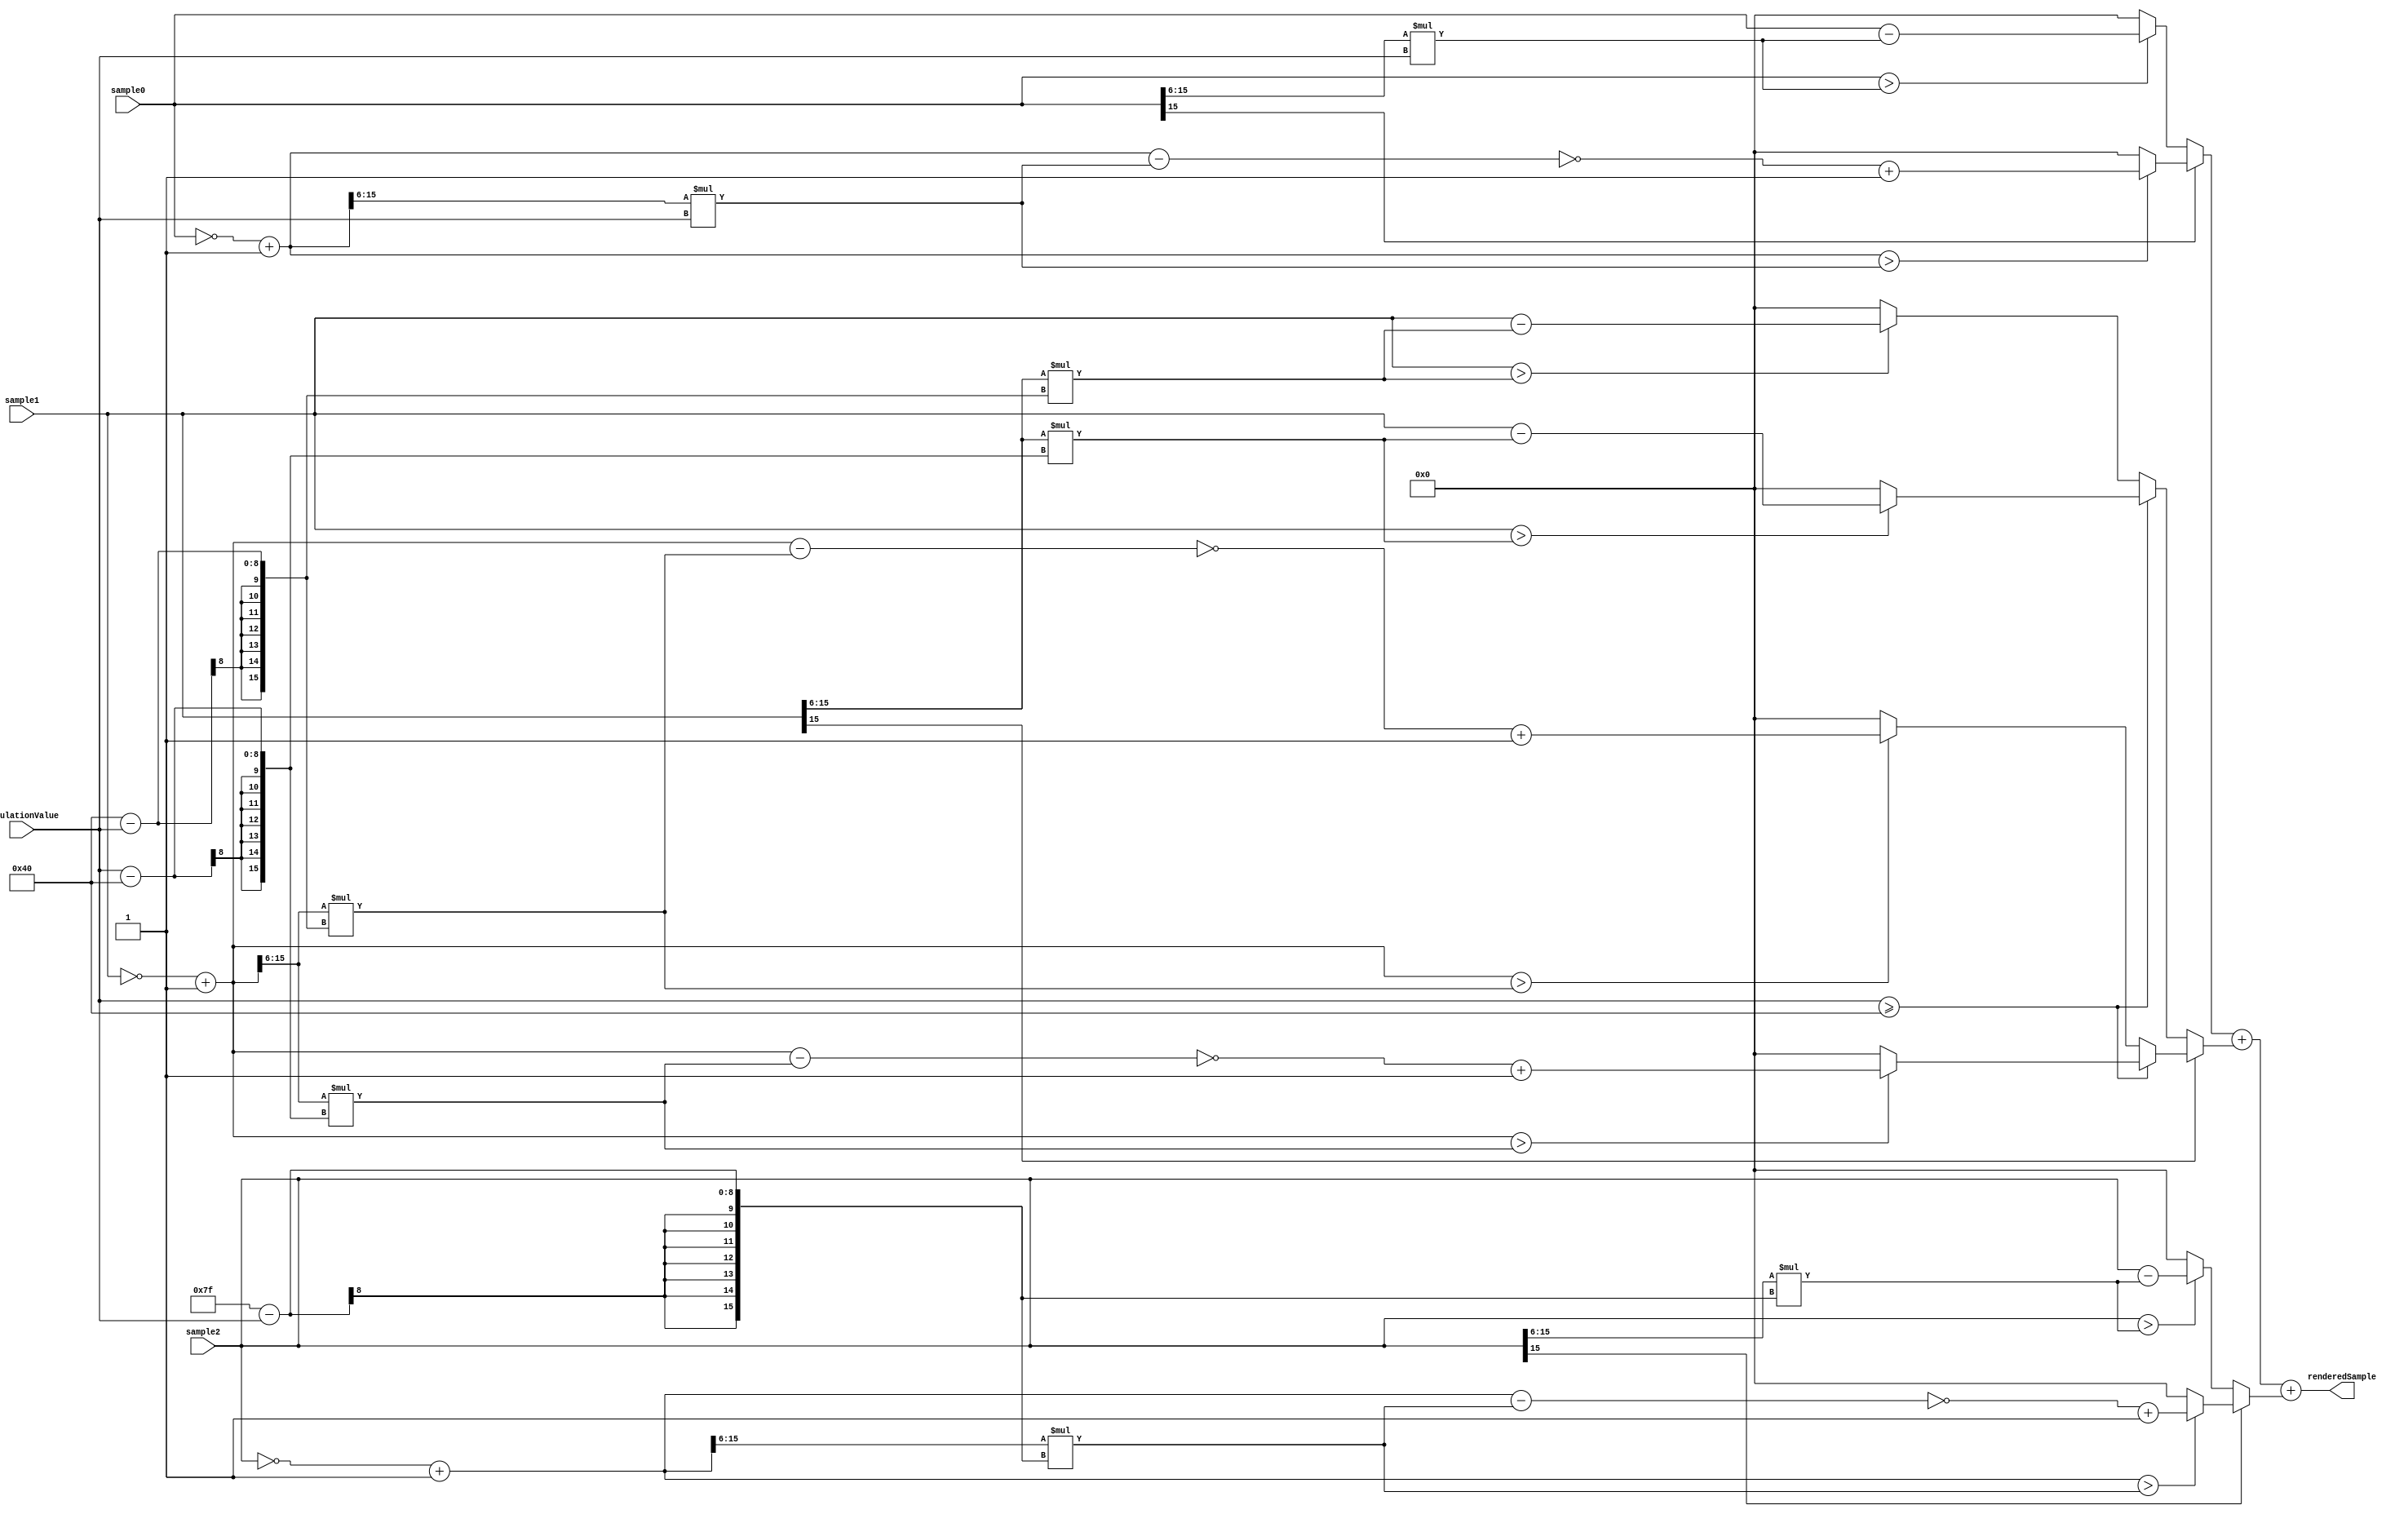
module SampleMixer(
	input [15:0] sample0,
	input [15:0] sample1,
	input [15:0] sample2,
	input [7:0] modulationValue,
	output [15:0] renderedSample
);

reg [15:0] mixSample0 = 0;
reg [15:0] mixSample1 = 0;
reg [15:0] mixSample2 = 0;

always @(sample0 or sample1 or sample2 or modulationValue)
begin
	if (sample0[15] == 1'b1)
		begin
			mixSample0 = ((~sample0 + 16'd1) > (((~sample0 + 16'd1) >> 16'd6) * modulationValue)) ?
				~((~sample0 + 16'd1) - (((~sample0 + 16'd1) >> 16'd6) * modulationValue)) + 16'd1 :
				16'd0;
		end
	else
		begin
			mixSample0 = (sample0 > ((sample0 >> 16'd6) * modulationValue)) ?
				(sample0 - ((sample0 >> 16'd6) * modulationValue)) :
				16'd0;
		end
	
	if (sample1[15] == 1'b1)
		begin
			if (modulationValue >= 64)
				begin
					mixSample1 = ((~sample1 + 16'd1) > (((~sample1 + 16'd1) >> 16'd6) * (modulationValue - 16'd64))) ?
						~((~sample1 + 16'd1) - (((~sample1 + 16'd1) >> 16'd6) * (modulationValue - 16'd64))) + 16'd1 :
						16'd0;
				end
			else
				begin
					mixSample1 = ((~sample1 + 16'd1) > (((~sample1 + 16'd1) >> 16'd6) * (16'd64 - modulationValue))) ?
						~((~sample1 + 16'd1) - (((~sample1 + 16'd1) >> 16'd6) * (16'd64 - modulationValue))) + 16'd1 :
						16'd0;
				end
		end
	else
		begin
			if (modulationValue >= 64)
				begin
					mixSample1 = (sample1 > ((sample1 >> 16'd6) * (modulationValue - 16'd64))) ?
						(sample1 - ((sample1 >> 16'd6) * (modulationValue - 16'd64))) :
						16'd0;
				end
			else
				begin
					mixSample1 = (sample1 > ((sample1 >> 16'd6) * (16'd64 - modulationValue))) ?
						(sample1 - ((sample1 >> 16'd6) * (16'd64 - modulationValue))) :
						16'd0;
				end
		end
		
	if (sample2[15] == 1'b1)
		begin
			mixSample2 = ((~sample2 + 16'd1) > (((~sample2 + 16'd1) >> 16'd6) * (16'd127 - modulationValue))) ?
				~((~sample2 + 16'd1) - (((~sample2 + 16'd1) >> 16'd6) * (16'd127 - modulationValue))) + 16'd1 :
				16'd0;
		end
	else
		begin
			mixSample2 = (sample2 > ((sample2 >> 16'd6) * (16'd127 - modulationValue))) ?
				(sample2 - ((sample2 >> 16'd6) * (16'd127 - modulationValue))) :
				16'd0;
		end
end

assign renderedSample = mixSample0 + mixSample1 + mixSample2;

endmodule